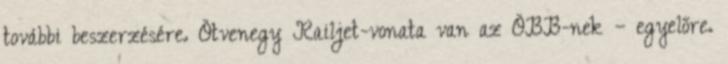
további beszerzésére. Ötvenegy Railjet-vonata van az ÖBB-nek – egyelőre.